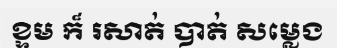
ខ្ទម ក៏ រសាត់ បាត់ សម្លេង